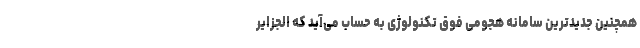
همچنین جدیدترین سامانه هجومی فوق تکنولوژی به حساب می‌آید که الجزایر